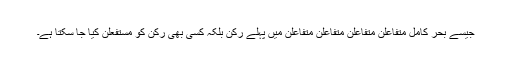
جیسے بحر کامل متفاعلن متفاعلن متفاعلن متفاعلن میں پہلے رکن بلکہ کسی بھی رکن کو مستفعلن کیا جا سکتا ہے۔